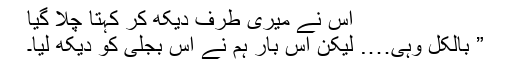
اس نے میری طرف دیکھ کر کہتا چلا گیا
” بالکل وہی…. لیکن اس بار ہم نے اس بجلی کو دیکھ لیا۔